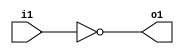
module not1(input i1, output reg o1);\n  assign o1 = !i1;\nendmodule